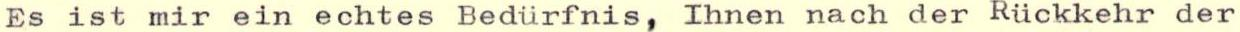
Es ist mir ein echtes Bedürfnis, Ihnen nach der Rückkehr der